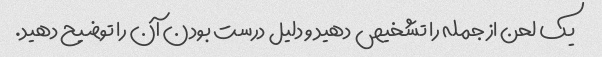
یک لحن از جمله را تشخیص دهید و دلیل درست بودن آن را توضیح دهید.